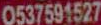
0537591527